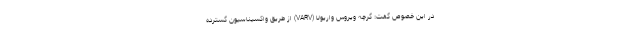
در این خصوص گفت: گرچه ویروس واریولا (VARV) از طریق واکسیناسیون گسترده